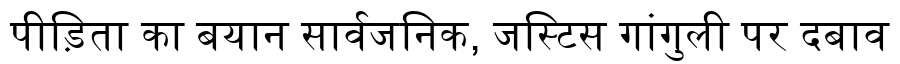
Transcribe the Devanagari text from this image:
पीड़िता का बयान सार्वजनिक, जस्टिस गांगुली पर दबाव